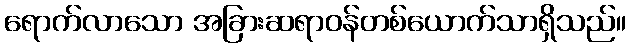
ရောက်လာသော အခြားဆရာဝန်တစ်ယောက်သာရှိသည်။